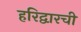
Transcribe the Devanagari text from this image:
हरिद्वारची